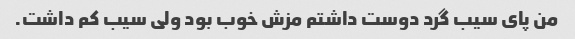
من پای سیب گرد دوست داشتم مزش خوب بود ولی سیب کم داشت.